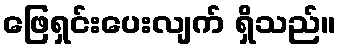
ဖြေရှင်းပေးလျက် ရှိသည်။